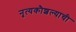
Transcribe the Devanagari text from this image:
नृत्यकौशल्याची